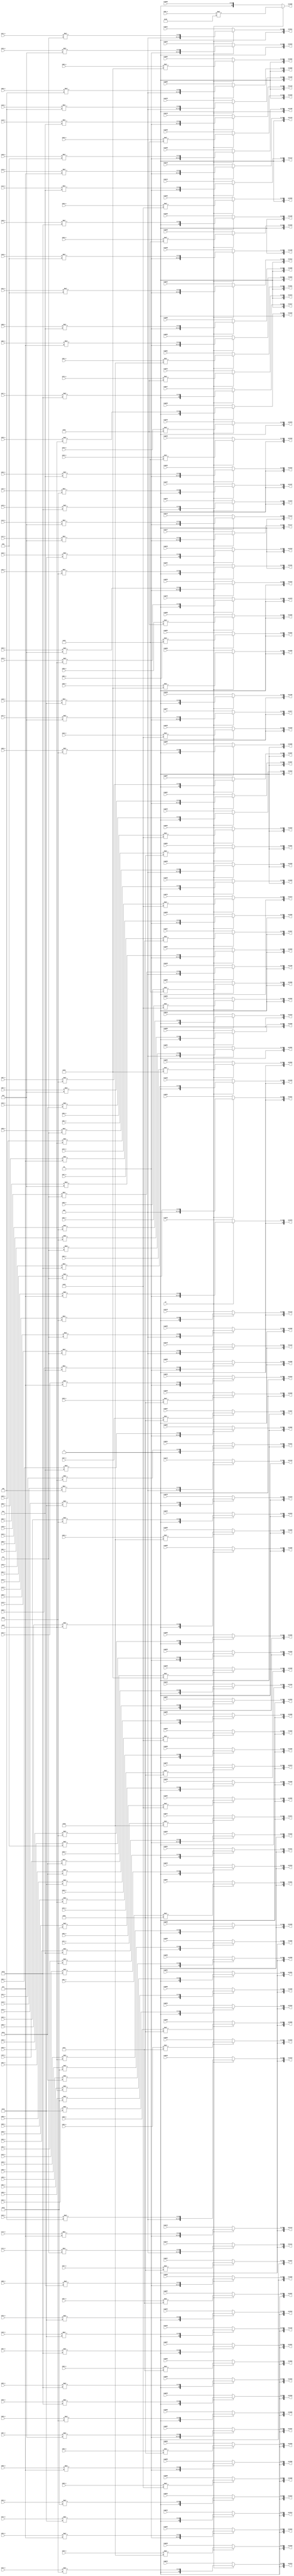

module mul_gi(
    i000_n,i001_n,i002_n,i003_n,i004_n,i005_n,i006_n,i007_n,i008_n,i009_n,
    i010_n,i011_n,i012_n,i013_n,i014_n,i015_n,i016_n,i017_n,i018_n,i019_n,
    i020_n,i021_n,i022_n,i023_n,i024_n,i025_n,i026_n,i027_n,i028_n,i029_n,
    i030_n,i031_n,i032_n,i033_n,i034_n,i035_n,i036_n,i037_n,i038_n,i039_n,
    i040_n,i041_n,i042_n,i043_n,i044_n,i045_n,i046_n,i047_n,i048_n,i049_n,
    i050_n,i051_n,i052_n,i053_n,i054_n,i055_n,i056_n,i057_n,i058_n,i059_n,
    i060_n,i061_n,i062_n,i063_n,i064_n,i065_n,i066_n,i067_n,i068_n,i069_n,
    i070_n,i071_n,i072_n,i073_n,i074_n,i075_n,i076_n,i077_n,i078_n,i079_n,
    i080_n,i081_n,i082_n,i083_n,i084_n,i085_n,i086_n,i087_n,i088_n,i089_n,
    i090_n,i091_n,i092_n,i093_n,i094_n,i095_n,i096_n,i097_n,i098_n,i099_n,
    i100_n,i101_n,i102_n,i103_n,i104_n,i105_n,i106_n,i107_n,i108_n,i109_n,
    i110_n,i111_n,i112_n,i113_n,i114_n,i115_n,i116_n,i117_n,i118_n,i119_n,i120_n,
    reg000,reg001,reg002,reg003,reg004,reg005,reg006,reg007,reg008,reg009,
    reg010,reg011,reg012,reg013,reg014,reg015,reg016,reg017,reg018,reg019,
    reg020,reg021,reg022,reg023,reg024,reg025,reg026,reg027,reg028,reg029,
    reg030,reg031,reg032,reg033,reg034,reg035,reg036,reg037,reg038,reg039,
    reg040,reg041,reg042,reg043,reg044,reg045,reg046,reg047,reg048,reg049,
    reg050,reg051,reg052,reg053,reg054,reg055,reg056,reg057,reg058,reg059,
    reg060,reg061,reg062,reg063,reg064,reg065,reg066,reg067,reg068,reg069,
    reg070,reg071,reg072,reg073,reg074,reg075,reg076,reg077,reg078,reg079,
    reg080,reg081,reg082,reg083,reg084,reg085,reg086,reg087,reg088,reg089,
    reg090,reg091,reg092,reg093,reg094,reg095,reg096,reg097,reg098,reg099,
    reg100,reg101,reg102,reg103,reg104,reg105,reg106,reg107,reg108,reg109,
    reg110,reg111,reg112,reg113,reg114,reg115,reg116,reg117,reg118,reg119,reg120,
    out000,out001,out002,out003,out004,out005,out006,out007,out008,out009,
    out010,out011,out012,out013,out014,out015,out016,out017,out018,out019,
    out020,out021,out022,out023,out024,out025,out026,out027,out028,out029,
    out030,out031,out032,out033,out034,out035,out036,out037,out038,out039,
    out040,out041,out042,out043,out044,out045,out046,out047,out048,out049,
    out050,out051,out052,out053,out054,out055,out056,out057,out058,out059,
    out060,out061,out062,out063,out064,out065,out066,out067,out068,out069,
    out070,out071,out072,out073,out074,out075,out076,out077,out078,out079,
    out080,out081,out082,out083,out084,out085,out086,out087,out088,out089,
    out090,out091,out092,out093,out094,out095,out096,out097,out098,out099,
    out100,out101,out102,out103,out104,out105,out106,out107,out108,out109,
    out110,out111,out112,out113,out114,out115,out116,out117,out118,out119,out120,
    en
);

//==== I/O port ==========================
input  [7:0]  i000_n,i001_n,i002_n,i003_n,i004_n,i005_n,i006_n,i007_n,i008_n,i009_n;
input  [7:0]  i010_n,i011_n,i012_n,i013_n,i014_n,i015_n,i016_n,i017_n,i018_n,i019_n;
input  [7:0]  i020_n,i021_n,i022_n,i023_n,i024_n,i025_n,i026_n,i027_n,i028_n,i029_n;
input  [7:0]  i030_n,i031_n,i032_n,i033_n,i034_n,i035_n,i036_n,i037_n,i038_n,i039_n;
input  [7:0]  i040_n,i041_n,i042_n,i043_n,i044_n,i045_n,i046_n,i047_n,i048_n,i049_n;
input  [7:0]  i050_n,i051_n,i052_n,i053_n,i054_n,i055_n,i056_n,i057_n,i058_n,i059_n;
input  [7:0]  i060_n,i061_n,i062_n,i063_n,i064_n,i065_n,i066_n,i067_n,i068_n,i069_n;
input  [7:0]  i070_n,i071_n,i072_n,i073_n,i074_n,i075_n,i076_n,i077_n,i078_n,i079_n;
input  [7:0]  i080_n,i081_n,i082_n,i083_n,i084_n,i085_n,i086_n,i087_n,i088_n,i089_n;
input  [7:0]  i090_n,i091_n,i092_n,i093_n,i094_n,i095_n,i096_n,i097_n,i098_n,i099_n;
input  [7:0]  i100_n,i101_n,i102_n,i103_n,i104_n,i105_n,i106_n,i107_n,i108_n,i109_n;
input  [7:0]  i110_n,i111_n,i112_n,i113_n,i114_n,i115_n,i116_n,i117_n,i118_n,i119_n,i120_n;

input  [13:0] reg000,reg001,reg002,reg003,reg004,reg005,reg006,reg007,reg008,reg009;
input  [13:0] reg010,reg011,reg012,reg013,reg014,reg015,reg016,reg017,reg018,reg019;
input  [13:0] reg020,reg021,reg022,reg023,reg024,reg025,reg026,reg027,reg028,reg029;
input  [13:0] reg030,reg031,reg032,reg033,reg034,reg035,reg036,reg037,reg038,reg039;
input  [13:0] reg040,reg041,reg042,reg043,reg044,reg045,reg046,reg047,reg048,reg049;
input  [13:0] reg050,reg051,reg052,reg053,reg054,reg055,reg056,reg057,reg058,reg059;
input  [13:0] reg060,reg061,reg062,reg063,reg064,reg065,reg066,reg067,reg068,reg069;
input  [13:0] reg070,reg071,reg072,reg073,reg074,reg075,reg076,reg077,reg078,reg079;
input  [13:0] reg080,reg081,reg082,reg083,reg084,reg085,reg086,reg087,reg088,reg089;
input  [13:0] reg090,reg091,reg092,reg093,reg094,reg095,reg096,reg097,reg098,reg099;
input  [13:0] reg100,reg101,reg102,reg103,reg104,reg105,reg106,reg107,reg108,reg109;
input  [13:0] reg110,reg111,reg112,reg113,reg114,reg115,reg116,reg117,reg118,reg119,reg120;


output reg [14:0] out000,out001,out002,out003,out004,out005,out006,out007,out008,out009;
output reg [14:0] out010,out011,out012,out013,out014,out015,out016,out017,out018,out019;
output reg [14:0] out020,out021,out022,out023,out024,out025,out026,out027,out028,out029;
output reg [14:0] out030,out031,out032,out033,out034,out035,out036,out037,out038,out039;
output reg [14:0] out040,out041,out042,out043,out044,out045,out046,out047,out048,out049;
output reg [14:0] out050,out051,out052,out053,out054,out055,out056,out057,out058,out059;
output reg [14:0] out060,out061,out062,out063,out064,out065,out066,out067,out068,out069;
output reg [14:0] out070,out071,out072,out073,out074,out075,out076,out077,out078,out079;
output reg [14:0] out080,out081,out082,out083,out084,out085,out086,out087,out088,out089;
output reg [14:0] out090,out091,out092,out093,out094,out095,out096,out097,out098,out099;
output reg [14:0] out100,out101,out102,out103,out104,out105,out106,out107,out108,out109;
output reg [14:0] out110,out111,out112,out113,out114,out115,out116,out117,out118,out119,out120;

input         en;

always@(*) begin
    if(en) begin
        out000 = i000_n * 7'b0_000100; //0.0625
        out001 = i001_n * 7'b0_000111; //0.1094
        out002 = i002_n * 7'b0_001010; //0.1563
        out003 = i003_n * 7'b0_001101; //0.2031
        out004 = i004_n * 7'b0_001111; //0.2344
        out005 = i005_n * 7'b0_010000; //0.2500
        out006 = i006_n * 7'b0_001111; //0.2344
        out007 = i007_n * 7'b0_001101; //0.2031
        out008 = i008_n * 7'b0_001010; //0.1563
        out009 = i009_n * 7'b0_000111; //0.1094
        out010 = i010_n * 7'b0_000100; //0.0625
        out011 = i011_n * 7'b0_000111; //0.1094
        out012 = i012_n * 7'b0_001011; //0.1719
        out013 = i013_n * 7'b0_010000; //0.2500
        out014 = i014_n * 7'b0_010101; //0.3281
        out015 = i015_n * 7'b0_011001; //0.3906
        out016 = i016_n * 7'b0_011010; //0.4063
        out017 = i017_n * 7'b0_011001; //0.3906
        out018 = i018_n * 7'b0_010101; //0.3281
        out019 = i019_n * 7'b0_010000; //0.2500
        out020 = i020_n * 7'b0_001011; //0.1719
        out021 = i021_n * 7'b0_000111; //0.1094
        out022 = i022_n * 7'b0_001010; //0.1563
        out023 = i023_n * 7'b0_010000; //0.2500
        out024 = i024_n * 7'b0_011000; //0.3750
        out025 = i025_n * 7'b0_011111; //0.4844
        out026 = i026_n * 7'b0_100101; //0.5781
        out027 = i027_n * 7'b0_100111; //0.6094
        out028 = i028_n * 7'b0_100101; //0.5781
        out029 = i029_n * 7'b0_011111; //0.4844
        out030 = i030_n * 7'b0_011000; //0.3750
        out031 = i031_n * 7'b0_010000; //0.2500
        out032 = i032_n * 7'b0_001010; //0.1563
        out033 = i033_n * 7'b0_001101; //0.2031
        out034 = i034_n * 7'b0_010101; //0.3281
        out035 = i035_n * 7'b0_011111; //0.4844
        out036 = i036_n * 7'b0_101001; //0.6406
        out037 = i037_n * 7'b0_110000; //0.7500
        out038 = i038_n * 7'b0_110011; //0.7969
        out039 = i039_n * 7'b0_110000; //0.7500
        out040 = i040_n * 7'b0_101001; //0.6406
        out041 = i041_n * 7'b0_011111; //0.4844
        out042 = i042_n * 7'b0_010101; //0.3281
        out043 = i043_n * 7'b0_001101; //0.2031
        out044 = i044_n * 7'b0_001111; //0.2344
        out045 = i045_n * 7'b0_011001; //0.3906
        out046 = i046_n * 7'b0_100101; //0.5781
        out047 = i047_n * 7'b0_110000; //0.7500
        out048 = i048_n * 7'b0_111001; //0.8906
        out049 = i049_n * 7'b0_111101; //0.9531
        out050 = i050_n * 7'b0_111001; //0.8906
        out051 = i051_n * 7'b0_110000; //0.7500
        out052 = i052_n * 7'b0_100101; //0.5781
        out053 = i053_n * 7'b0_011001; //0.3906
        out054 = i054_n * 7'b0_001111; //0.2344
        out055 = i055_n * 7'b0_010000; //0.2500
        out056 = i056_n * 7'b0_011010; //0.4063
        out057 = i057_n * 7'b0_100111; //0.6094
        out058 = i058_n * 7'b0_110011; //0.7969
        out059 = i059_n * 7'b0_111101; //0.9531
        out060 = i060_n * 7'b1_000000; //1.0000
        out061 = i061_n * 7'b0_111101; //0.9531
        out062 = i062_n * 7'b0_110011; //0.7969
        out063 = i063_n * 7'b0_100111; //0.6094
        out064 = i064_n * 7'b0_011010; //0.4063
        out065 = i065_n * 7'b0_010000; //0.2500
        out066 = i066_n * 7'b0_001111; //0.2344
        out067 = i067_n * 7'b0_011001; //0.3906
        out068 = i068_n * 7'b0_100101; //0.5781
        out069 = i069_n * 7'b0_110000; //0.7500
        out070 = i070_n * 7'b0_111001; //0.8906
        out071 = i071_n * 7'b0_111101; //0.9531
        out072 = i072_n * 7'b0_111001; //0.8906
        out073 = i073_n * 7'b0_110000; //0.7500
        out074 = i074_n * 7'b0_100101; //0.5781
        out075 = i075_n * 7'b0_011001; //0.3906
        out076 = i076_n * 7'b0_001111; //0.2344
        out077 = i077_n * 7'b0_001101; //0.2031
        out078 = i078_n * 7'b0_010101; //0.3281
        out079 = i079_n * 7'b0_011111; //0.4844
        out080 = i080_n * 7'b0_101001; //0.6406
        out081 = i081_n * 7'b0_110000; //0.7500
        out082 = i082_n * 7'b0_110011; //0.7969
        out083 = i083_n * 7'b0_110000; //0.7500
        out084 = i084_n * 7'b0_101001; //0.6406
        out085 = i085_n * 7'b0_011111; //0.4844
        out086 = i086_n * 7'b0_010101; //0.3281
        out087 = i087_n * 7'b0_001101; //0.2031
        out088 = i088_n * 7'b0_001010; //0.1563
        out089 = i089_n * 7'b0_010000; //0.2500
        out090 = i090_n * 7'b0_011000; //0.3750
        out091 = i091_n * 7'b0_011111; //0.4844
        out092 = i092_n * 7'b0_100101; //0.5781
        out093 = i093_n * 7'b0_100111; //0.6094
        out094 = i094_n * 7'b0_100101; //0.5781
        out095 = i095_n * 7'b0_011111; //0.4844
        out096 = i096_n * 7'b0_011000; //0.3750
        out097 = i097_n * 7'b0_010000; //0.2500
        out098 = i098_n * 7'b0_001010; //0.1563
        out099 = i099_n * 7'b0_000111; //0.1094
        out100 = i100_n * 7'b0_001011; //0.1719
        out101 = i101_n * 7'b0_010000; //0.2500
        out102 = i102_n * 7'b0_010101; //0.3281
        out103 = i103_n * 7'b0_011001; //0.3906
        out104 = i104_n * 7'b0_011010; //0.4063
        out105 = i105_n * 7'b0_011001; //0.3906
        out106 = i106_n * 7'b0_010101; //0.3281
        out107 = i107_n * 7'b0_010000; //0.2500
        out108 = i108_n * 7'b0_001011; //0.1719
        out109 = i109_n * 7'b0_000111; //0.1094
        out110 = i110_n * 7'b0_000100; //0.0625
        out111 = i111_n * 7'b0_000111; //0.1094
        out112 = i112_n * 7'b0_001010; //0.1563
        out113 = i113_n * 7'b0_001101; //0.2031
        out114 = i114_n * 7'b0_001111; //0.2344
        out115 = i115_n * 7'b0_010000; //0.2500
        out116 = i116_n * 7'b0_001111; //0.2344
        out117 = i117_n * 7'b0_001101; //0.2031
        out118 = i118_n * 7'b0_001010; //0.1563
        out119 = i119_n * 7'b0_000111; //0.1094
        out120 = i120_n * 7'b0_000100; //0.0625
    end
    else begin
        out000 = {1'b0,reg000};
        out001 = {1'b0,reg001};
        out002 = {1'b0,reg002};
        out003 = {1'b0,reg003};
        out004 = {1'b0,reg004};
        out005 = {1'b0,reg005};
        out006 = {1'b0,reg006};
        out007 = {1'b0,reg007};
        out008 = {1'b0,reg008};
        out009 = {1'b0,reg009};
        out010 = {1'b0,reg010};
        out011 = {1'b0,reg011};
        out012 = {1'b0,reg012};
        out013 = {1'b0,reg013};
        out014 = {1'b0,reg014};
        out015 = {1'b0,reg015};
        out016 = {1'b0,reg016};
        out017 = {1'b0,reg017};
        out018 = {1'b0,reg018};
        out019 = {1'b0,reg019};
        out020 = {1'b0,reg020};
        out021 = {1'b0,reg021};
        out022 = {1'b0,reg022};
        out023 = {1'b0,reg023};
        out024 = {1'b0,reg024};
        out025 = {1'b0,reg025};
        out026 = {1'b0,reg026};
        out027 = {1'b0,reg027};
        out028 = {1'b0,reg028};
        out029 = {1'b0,reg029};
        out030 = {1'b0,reg030};
        out031 = {1'b0,reg031};
        out032 = {1'b0,reg032};
        out033 = {1'b0,reg033};
        out034 = {1'b0,reg034};
        out035 = {1'b0,reg035};
        out036 = {1'b0,reg036};
        out037 = {1'b0,reg037};
        out038 = {1'b0,reg038};
        out039 = {1'b0,reg039};
        out040 = {1'b0,reg040};
        out041 = {1'b0,reg041};
        out042 = {1'b0,reg042};
        out043 = {1'b0,reg043};
        out044 = {1'b0,reg044};
        out045 = {1'b0,reg045};
        out046 = {1'b0,reg046};
        out047 = {1'b0,reg047};
        out048 = {1'b0,reg048};
        out049 = {1'b0,reg049};
        out050 = {1'b0,reg050};
        out051 = {1'b0,reg051};
        out052 = {1'b0,reg052};
        out053 = {1'b0,reg053};
        out054 = {1'b0,reg054};
        out055 = {1'b0,reg055};
        out056 = {1'b0,reg056};
        out057 = {1'b0,reg057};
        out058 = {1'b0,reg058};
        out059 = {1'b0,reg059};
        out060 = {1'b0,reg060};
        out061 = {1'b0,reg061};
        out062 = {1'b0,reg062};
        out063 = {1'b0,reg063};
        out064 = {1'b0,reg064};
        out065 = {1'b0,reg065};
        out066 = {1'b0,reg066};
        out067 = {1'b0,reg067};
        out068 = {1'b0,reg068};
        out069 = {1'b0,reg069};
        out070 = {1'b0,reg070};
        out071 = {1'b0,reg071};
        out072 = {1'b0,reg072};
        out073 = {1'b0,reg073};
        out074 = {1'b0,reg074};
        out075 = {1'b0,reg075};
        out076 = {1'b0,reg076};
        out077 = {1'b0,reg077};
        out078 = {1'b0,reg078};
        out079 = {1'b0,reg079};
        out080 = {1'b0,reg080};
        out081 = {1'b0,reg081};
        out082 = {1'b0,reg082};
        out083 = {1'b0,reg083};
        out084 = {1'b0,reg084};
        out085 = {1'b0,reg085};
        out086 = {1'b0,reg086};
        out087 = {1'b0,reg087};
        out088 = {1'b0,reg088};
        out089 = {1'b0,reg089};
        out090 = {1'b0,reg090};
        out091 = {1'b0,reg091};
        out092 = {1'b0,reg092};
        out093 = {1'b0,reg093};
        out094 = {1'b0,reg094};
        out095 = {1'b0,reg095};
        out096 = {1'b0,reg096};
        out097 = {1'b0,reg097};
        out098 = {1'b0,reg098};
        out099 = {1'b0,reg099};
        out100 = {1'b0,reg100};
        out101 = {1'b0,reg101};
        out102 = {1'b0,reg102};
        out103 = {1'b0,reg103};
        out104 = {1'b0,reg104};
        out105 = {1'b0,reg105};
        out106 = {1'b0,reg106};
        out107 = {1'b0,reg107};
        out108 = {1'b0,reg108};
        out109 = {1'b0,reg109};
        out110 = {1'b0,reg110};
        out111 = {1'b0,reg111};
        out112 = {1'b0,reg112};
        out113 = {1'b0,reg113};
        out114 = {1'b0,reg114};
        out115 = {1'b0,reg115};
        out116 = {1'b0,reg116};
        out117 = {1'b0,reg117};
        out118 = {1'b0,reg118};
        out119 = {1'b0,reg119};
        out120 = {1'b0,reg120};
    end
end

/*
0.0625 14'b0_000100
0.1094 14'b0_000111
0.1563 14'b0_001010
0.1719 14'b0_001011
0.2031 14'b0_001101
0.2344 14'b0_001111
0.2500 14'b0_010000
0.3281 14'b0_010101
0.3750 14'b0_011000
0.3906 14'b0_011001
0.4063 14'b0_011010
0.4844 14'b0_011111
0.5781 14'b0_100101
0.6094 14'b0_100111
0.6406 14'b0_101001
0.7500 14'b0_110000
0.7969 14'b0_110011
0.8906 14'b0_111001
0.9531 14'b0_111101
1.0000 14'b1_000000
*/

endmodule